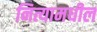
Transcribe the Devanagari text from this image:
नित्यामधील